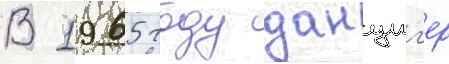
В 1965 году данциг'ер